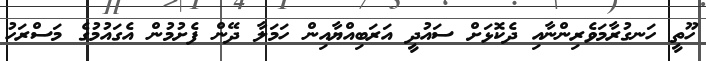
ހޫތީ ހަނގުރާމަވެރިންނާއި ދެކޮޅަށް ސައުދީ އަރަބިއްޔާއިން ހަމަލާ ދޭން ފެށުމުން އެގައުމުގެ މަސްރަހު